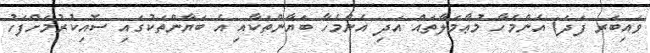
ވައިބަރ ފަދަ) އެންމެހާ މުޢާމަލާތައް އަދި އެންމެހާ ބަޔާންތަކާއި އެ ބަޔާންތަކުގައި ސޮއިކުރުމަށްފަހު